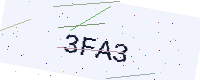
Text: 3FA3